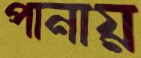
পানায়